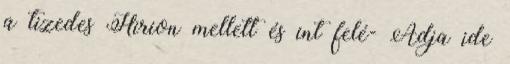
a tizedes Hirion mellett és int felé- Adja ide